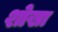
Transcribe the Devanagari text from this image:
शोखा